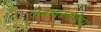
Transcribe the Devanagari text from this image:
लेक्चररशिप